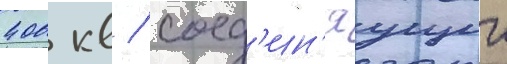
400 кв / соед'ин'яущии